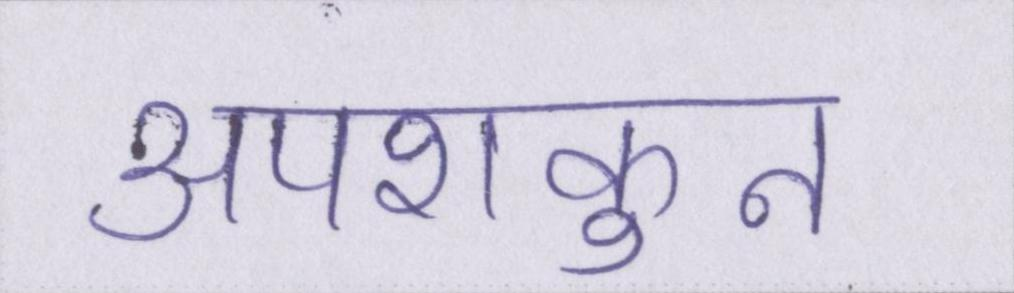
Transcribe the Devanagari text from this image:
अपशकुन